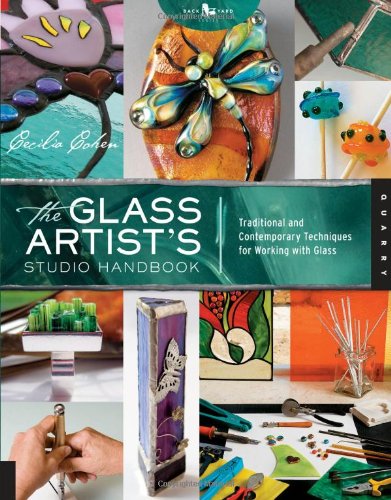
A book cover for The Glass Artist's Studio Handbook: Traditional and Contemporary Techniques for Working with Glass (Studio Handbook Series); Cecilia Cohen; Crafts, Hobbies & Home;